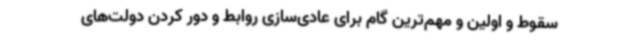
سقوط و اولین و مهم‌ترین گام برای عادی‌سازی روابط و دور کردن دولت‌های